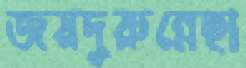
জয়দুরুন্নেছা